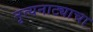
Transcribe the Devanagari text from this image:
नृत्यनाट्याचा